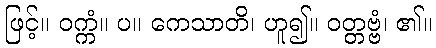
ဖြင့်။ ဝက္ကံ။ ပ။ ကေသာတိ၊ ဟူ၍။ ဝတ္တဗ္ဗံ၊ ၏။